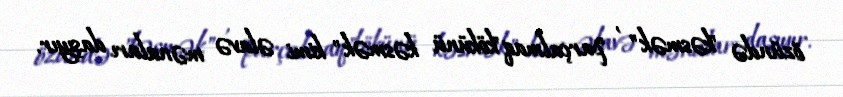
özündə "kəsmək" , "parçalmaq"kökünü kəsmək" kimi əlavə mənaları daşıyır.